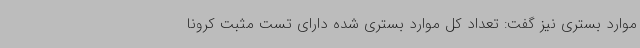
موارد بستری نیز گفت: تعداد کل موارد بستری شده دارای تست مثبت کرونا